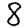
Digit: 8